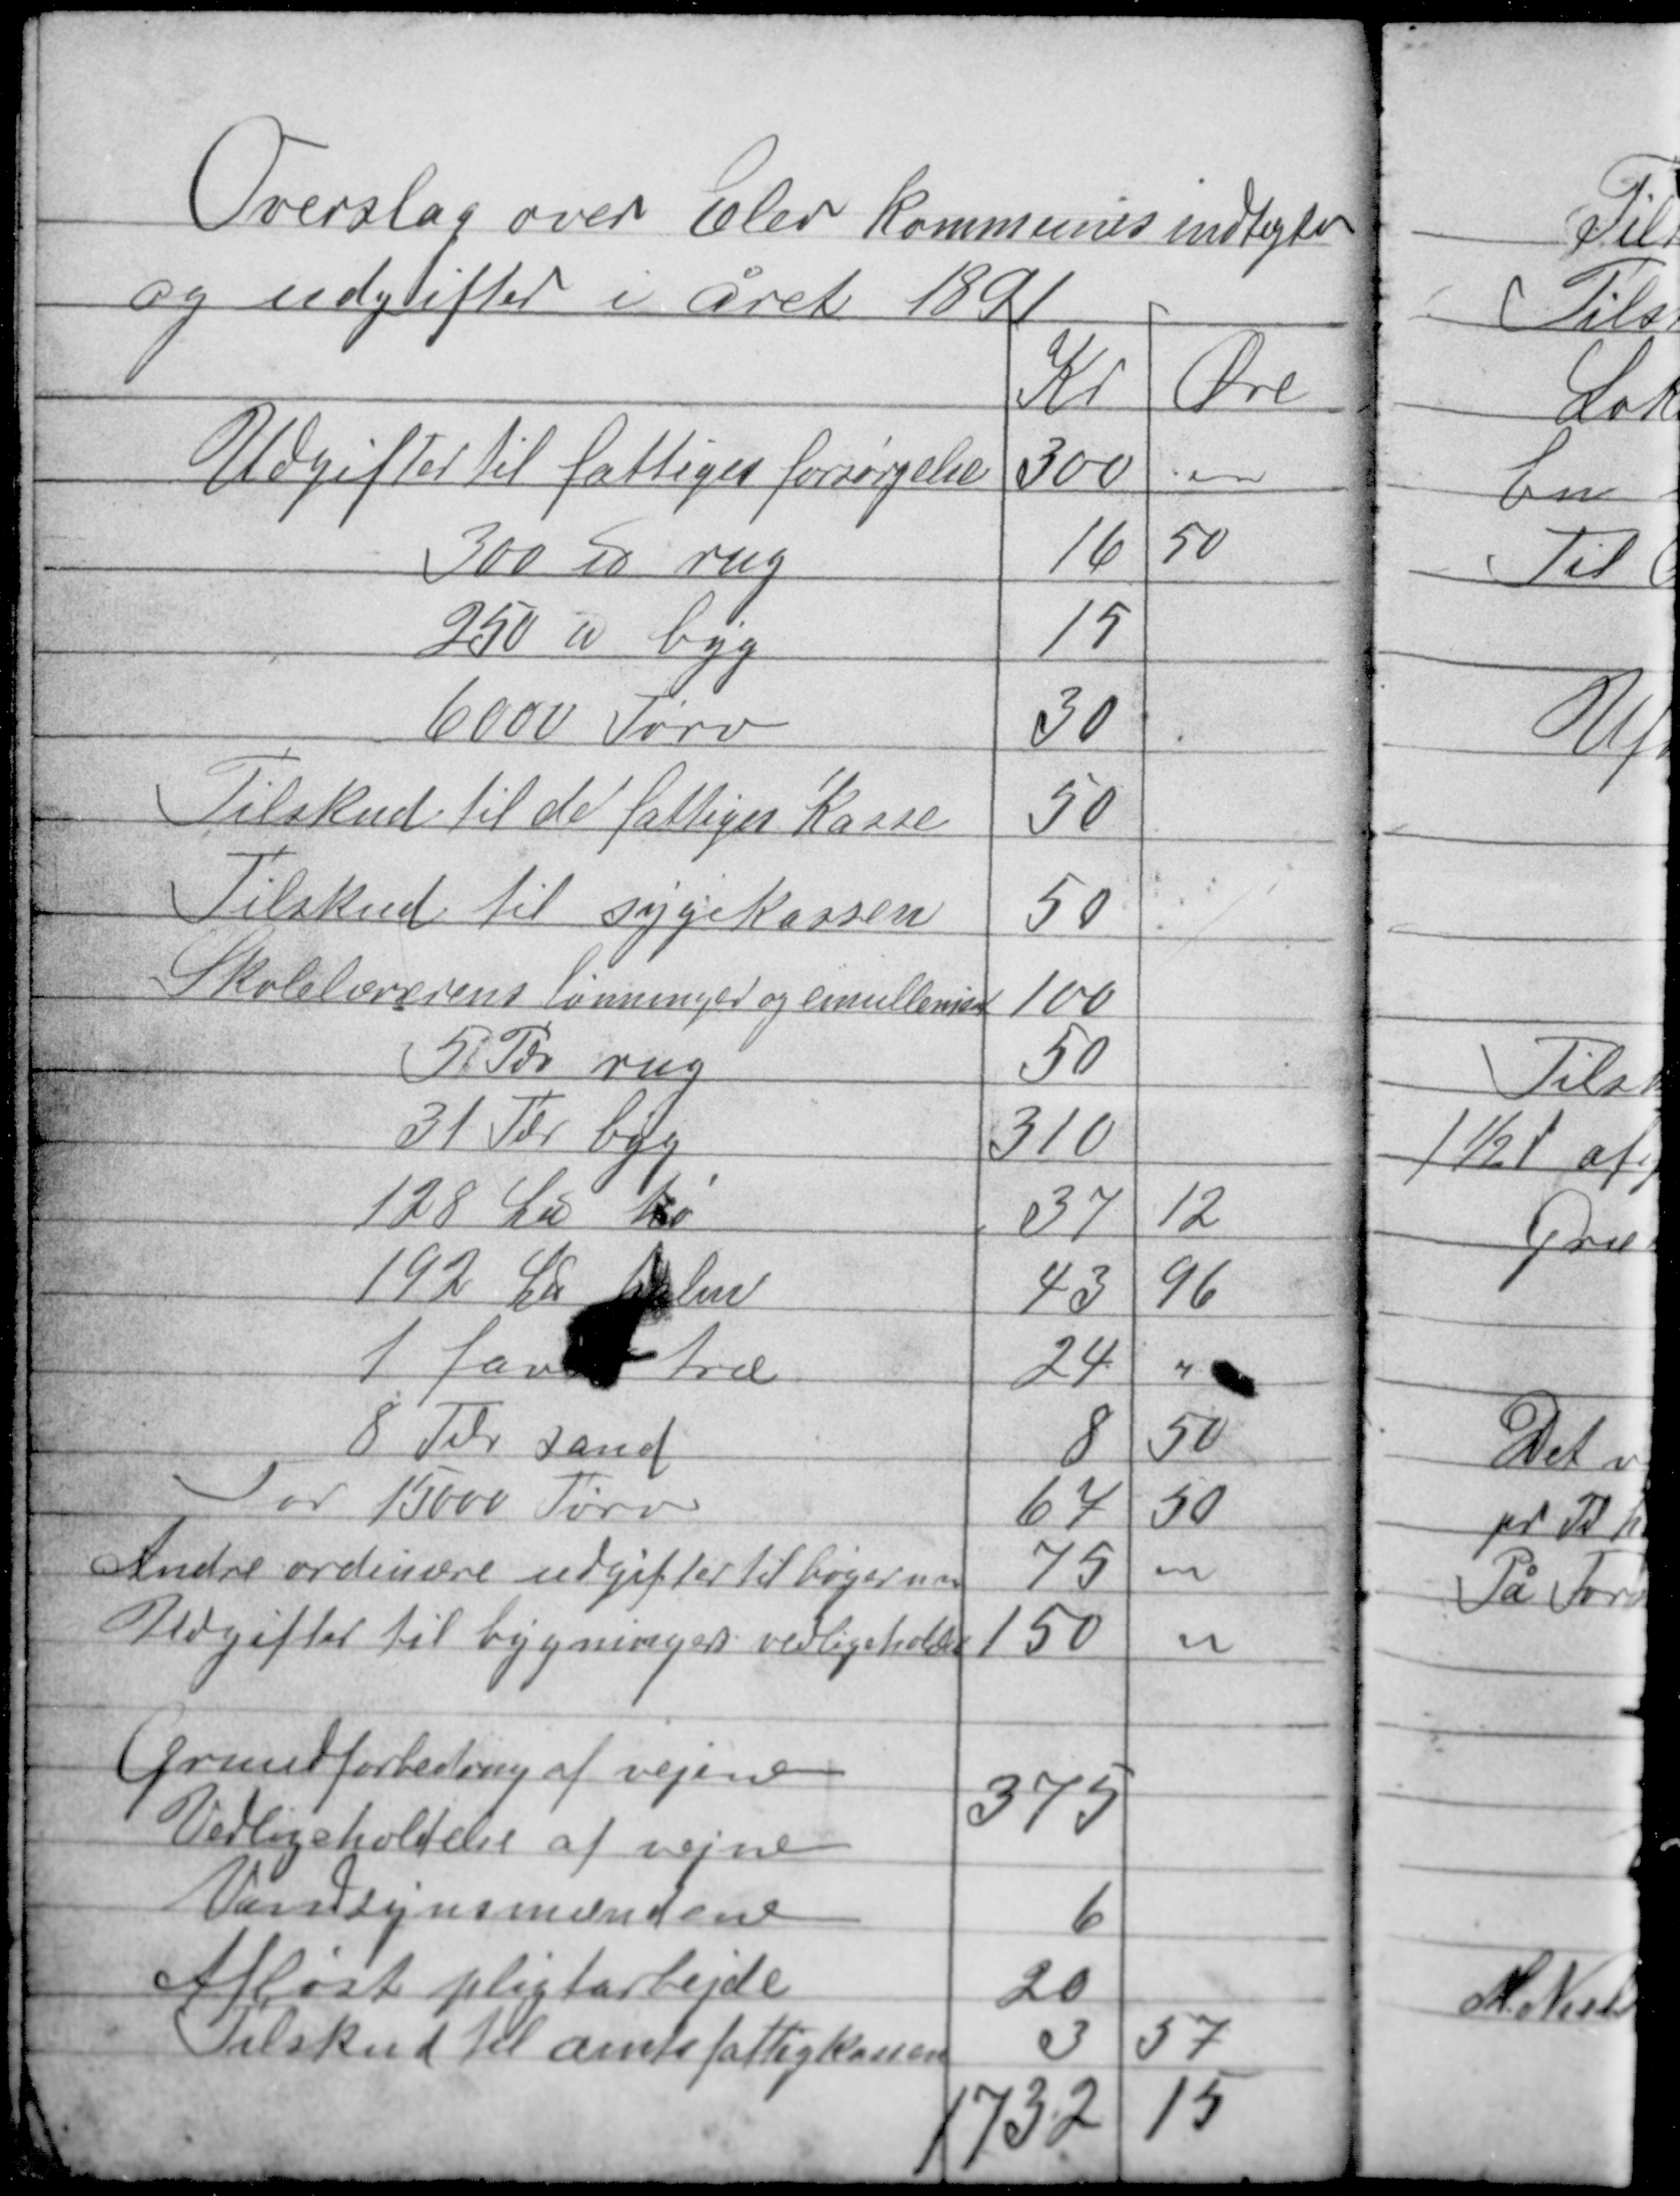
Transskription:
Overslag over Elev kommunes indtægter
og udgifter i året 1891